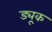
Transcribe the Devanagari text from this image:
ड्यू्क